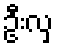
ဦးလှ